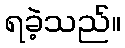
ရခဲ့သည်။